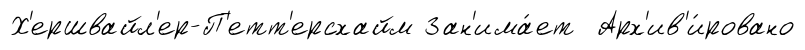
Х'ершвайл'ер-П'етт'ерсхайм Зан'има́ет Арх'ив'и́ровано